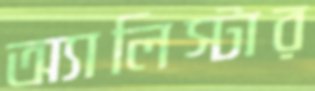
অ্যালিস্টার